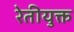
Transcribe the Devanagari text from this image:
रेतीयुक्त